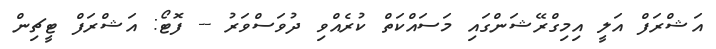
އަޝްރަފް އަލީ އިމިގްރޭޝަންގައި މަސައްކަތް ކުރެއްވި ދުވަސްވަރު -- ފޮޓޯ: އަޝްރަފް ޓީޗިން